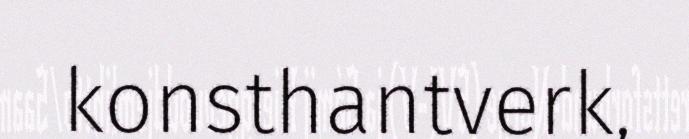
konsthantverk,